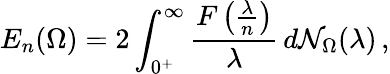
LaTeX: E_{n}(\Omega)=2\int_{0^{+}}^{\infty}\frac{F\left(\frac{\lambda}{n}\right)}{\lambda}\, d\mathcal{N}_{\Omega}(\lambda)\, ,